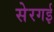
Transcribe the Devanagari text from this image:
सेरगई